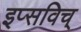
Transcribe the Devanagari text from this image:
इप्सविच्‌